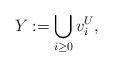
LaTeX: \begin{align*}Y:= \bigcup_{i\geq 0} v_i^U,\end{align*}